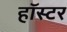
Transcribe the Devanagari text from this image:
हॉस्टर